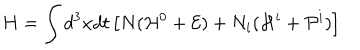
LaTeX: H = \int d ^ { 3 } x d t \left[ N ( { \cal H } ^ { 0 } + { \cal E } ) + N _ { i } ( { \cal H } ^ { i } + { \cal P } ^ { i } ) \right]